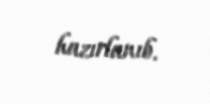
hazırlanıb.